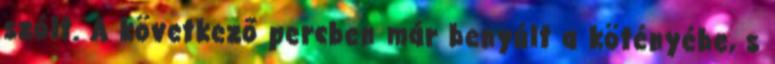
szólt. A következő percben már benyúlt a kötényébe, s